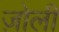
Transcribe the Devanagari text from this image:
ज़ोली